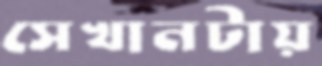
সেখানটায়